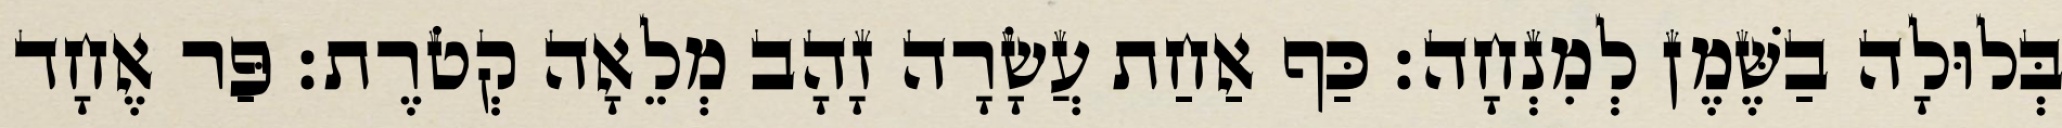
בְּלוּלָה בַשֶּׁמֶן לְמִנְחָה׃ כַּף אַחַת עֲשָׂרָה זָהָב מְלֵאָה קְטֹרֶת׃ פַּר אֶחָד